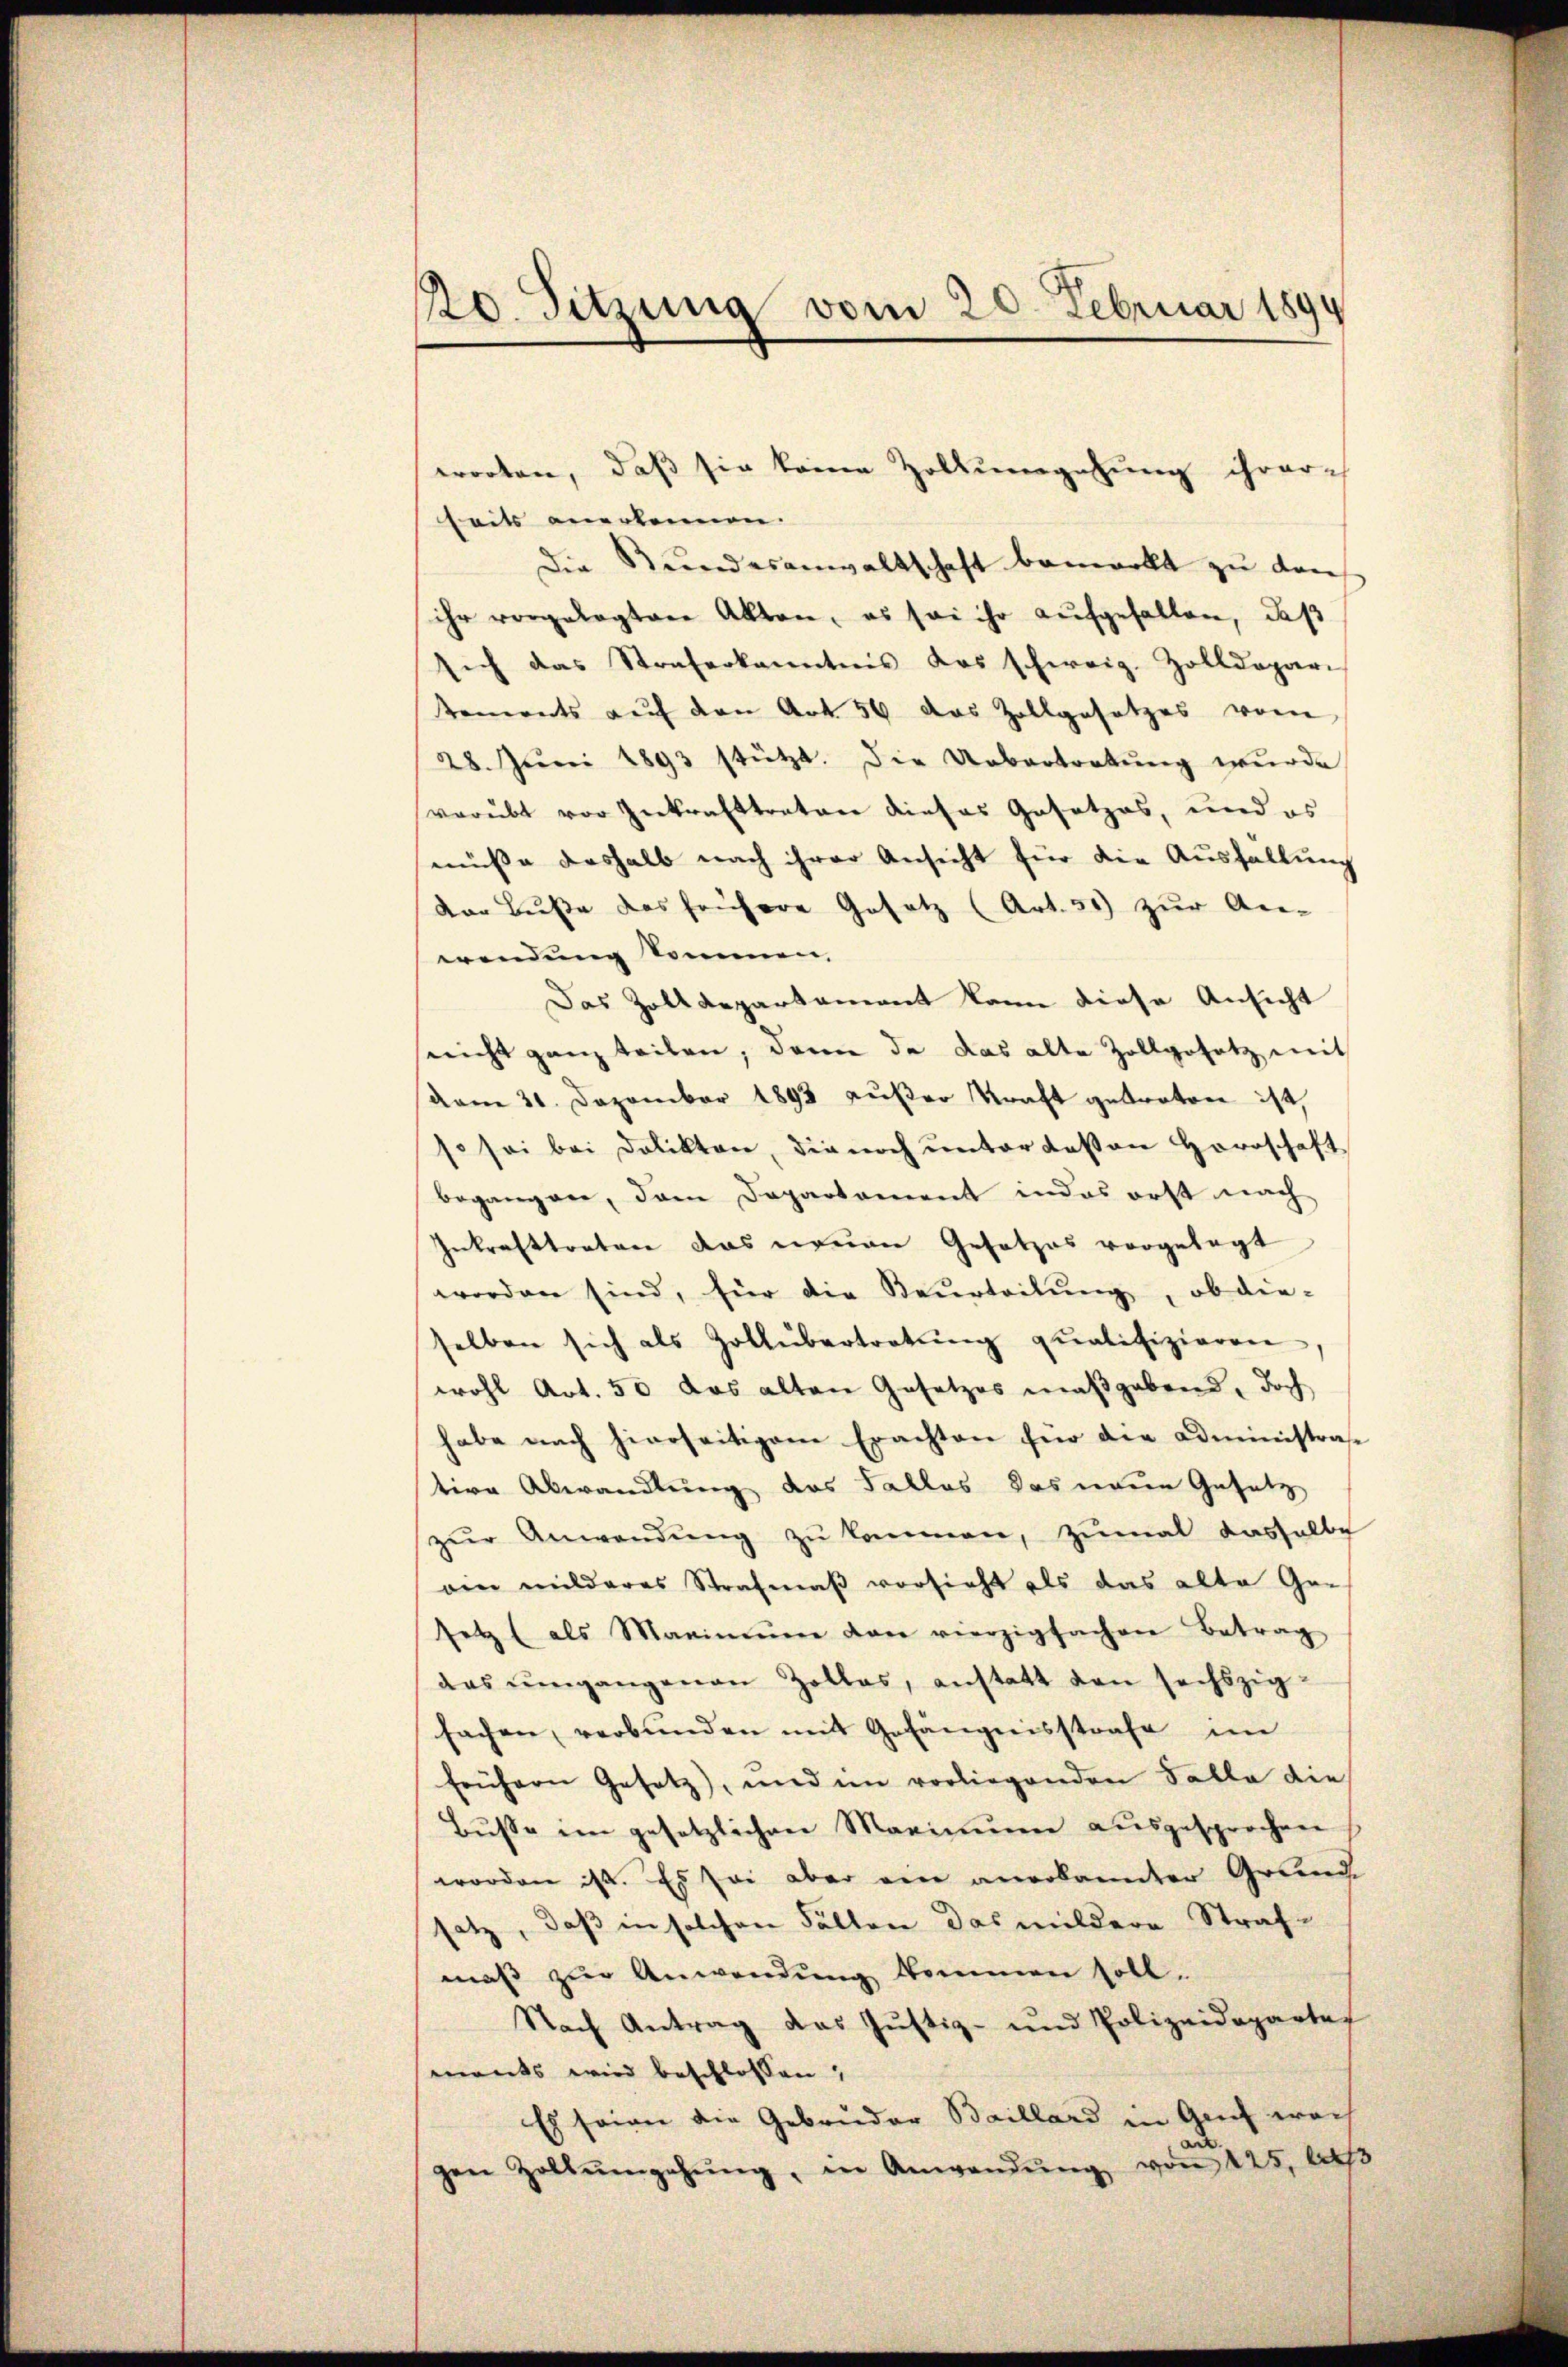
10. Sitzung vom 20. Februar 1890

worten, daß sie keine Zollumgehung ihrer
seits anerkennen.
Die Bundesanwaltschaft bemerkt zu dans
ihr vorgelegten Akten, es sei ihr aŭfgefallen, daß
sich das Straferkanntnis das schweiz. Zolldepar-
tements auf den Art. 56 das Zollgesetzes vom
28. Jŭni 1893 stützt. Die Uebertretŭng wurde
verübt vor Inkrafttreten dieses Gesetzes, und es
müsse deshalb nach ihrer Ansicht für die Ausfallung
dor Buße das frühere Gesetz (Art. 51) zŭr An-
wendung kommen,
Das Zolldepartement kann diese Ansicht
nicht ganz teilen, dann da das alte Zollgesetz mit
vom 21. Dezember 1892 außer Kraft getreten ist,
so sei bei Dolikten, die noch unter deßen Herrschaft
begangen, dem Departement in das erst nach
Inkrafttreten das neuen Gesetzes vorgelegt
worden sind, für die Beurteilŭng, ob die-
selben sich als Zollübertretŭng qualifizieren
wohl Art. 50 das alten Gesetzes maßgabend, doch
habe nach hierseitigem Erachten für die Administraße
tive Abwandlung des Sallos das neue Gesetz
zŭr Anwendŭng zŭ kommen, zumal dasselbe
ein milderes Strafmaß vorsicht als das alte Ge-
setz (als Maximŭm von vierzigfachen Betrag
das ungangenen Zolles, anstatt den sechszigsachen, verbŭnden mit Gefängensstrafe im
frühern Gesetz), und im vorliegenden Falle die
Bŭsse im gesetzlichen Maximŭm aŭsgesprochen
worden ist. Es sei aber ein anerkannter Grund
satz, daß in solchen Fällen das mildere Strafmaβ zŭr Anwendung kommen soll.
Nach Antrag das Justiz- und Polizeidepartef
mants wird beschlossen,
Es seine die Gebrüder Baillard in Genf wach
gen Zollŭmgehŭng, in Anwendŭng von 225, daβ